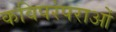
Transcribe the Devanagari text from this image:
कविपरंपराओं